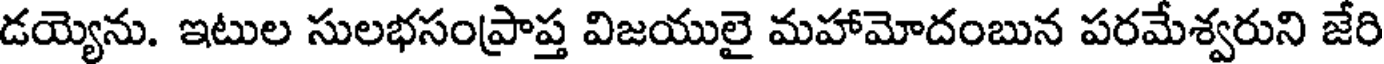
డయ్యెను. ఇటుల సులభసంప్రాప్త విజయులై మహామోదంబున పరమేశ్వరుని జేరి